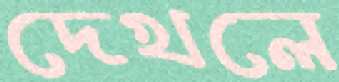
দেখলে